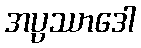
အပ္ပဿာဒေါ